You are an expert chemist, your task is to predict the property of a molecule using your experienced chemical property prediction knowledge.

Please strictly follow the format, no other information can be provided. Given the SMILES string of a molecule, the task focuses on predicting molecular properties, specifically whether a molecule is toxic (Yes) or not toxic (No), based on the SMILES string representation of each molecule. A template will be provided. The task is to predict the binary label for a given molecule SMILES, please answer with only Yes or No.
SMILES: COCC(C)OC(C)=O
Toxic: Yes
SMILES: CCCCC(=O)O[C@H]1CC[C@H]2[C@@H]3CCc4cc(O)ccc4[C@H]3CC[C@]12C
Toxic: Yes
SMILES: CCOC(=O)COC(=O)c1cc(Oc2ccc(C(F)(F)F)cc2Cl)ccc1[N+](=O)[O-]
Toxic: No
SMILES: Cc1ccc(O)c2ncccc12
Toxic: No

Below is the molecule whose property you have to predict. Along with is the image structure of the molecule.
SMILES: CC(C)(c1ccccc1)c1cc(-n2nc3ccccc3n2)c(O)c(C(C)(C)c2ccccc2)c1
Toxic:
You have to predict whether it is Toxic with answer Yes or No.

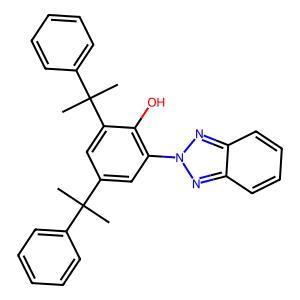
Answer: No